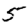
Digit: 5